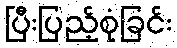
ပြီးပြည့်စုံခြင်း